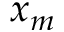
x _ { m }